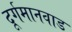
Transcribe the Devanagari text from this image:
दूर्गमानवाड